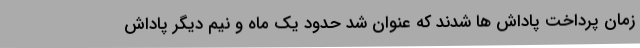
زمان پرداخت پاداش ها شدند که عنوان شد حدود یک ماه و نیم دیگر پاداش